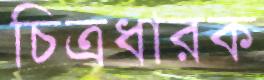
চিত্রধারক